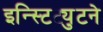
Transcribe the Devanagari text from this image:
इन्स्टिट्युटने